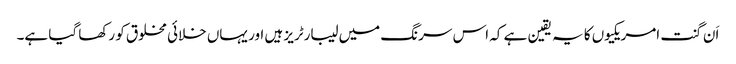
اَن گنت امریکیوں کا یہ یقین ہے کہ اس سرنگ میں لیبارٹریز ہیں اور یہاں خلائی مخلوق کو رکھا گیا ہے۔